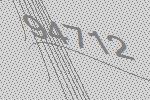
94712